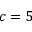
c = 5